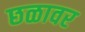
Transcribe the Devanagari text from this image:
छळावर